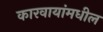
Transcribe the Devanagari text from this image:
कारवायांमधील